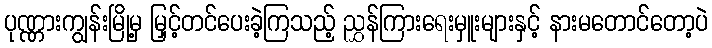
ပုဏ္ဏားကျွန်းမြို့မှ မြှင့်တင်ပေးခဲ့ကြသည့် ညွှန်ကြားရေးမှူးများနှင့် နားမတောင်တော့ပဲ